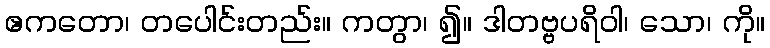
ဧကတော၊ တပေါင်းတည်း။ ကတွာ၊ ၍။ ဒါတဗ္ဗပရိဝါ၊ သော၊ ကို။